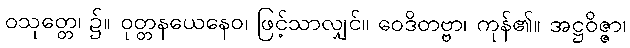
ဝသုတ္တေ၊ ၌။ ဝုတ္တနယေနေဝ၊ ဖြင့်သာလျှင်။ ဝေဒိတဗ္ဗာ၊ ကုန်၏။ အဋ္ဌဝိဇ္ဇာ၊